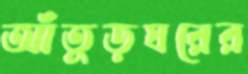
আঁতুড়ঘরের